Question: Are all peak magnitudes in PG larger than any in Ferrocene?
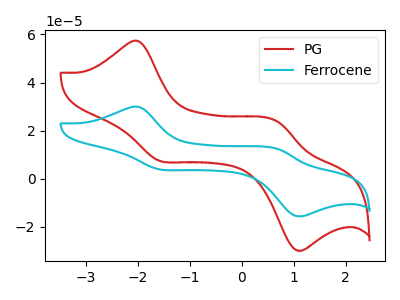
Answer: <think>The red curve "PG" has anodic peaks at (-2.00V, 57.25uA) (0.70V, 23.85uA) and cathodic peaks at (-1.60V, 7.50uA) (1.05V, -29.60uA). The cyan curve "Ferrocene" has anodic peaks at (-2.00V, 29.95uA) (0.70V, 12.45uA) and cathodic peaks at (-1.60V, 3.90uA) (1.05V, -15.45uA).</think>
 <answer>The peaks in "PG" are neither all higher or all lower than the peaks in "Ferrocene".</answer>
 <eval>mixed</eval>